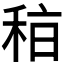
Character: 𥞞